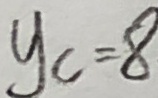
y _ { c } = 8